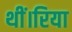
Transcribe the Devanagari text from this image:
थीं।रिया